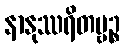
နာနုဿရိတဗ္ဗဉ္စ